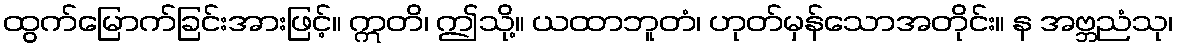
ထွက်မြောက်ခြင်းအားဖြင့်။ ဣတိ၊ ဤသို့။ ယထာဘူတံ၊ ဟုတ်မှန်သောအတိုင်း။ န အဗ္ဘညံသု၊